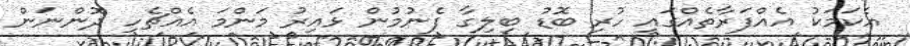
އެކަމަކު އެއްފަރާތެއްގައި ހުރި ބޮޑު ބިލިގާ ފެނުމުން ޅައިރު މަންމަ އެއްޗެހި ދޮންނަން